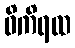
ဝိကိရထ